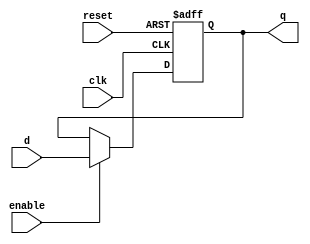
module d_ff (
   input clk,
   input reset,
   input enable,
   input d,
   output reg q
);

// D flip-flop implementation
always @(posedge clk or posedge reset) begin
   if (reset)
      q <= 1'b0;
   else if (enable)
      q <= d;
end

endmodule